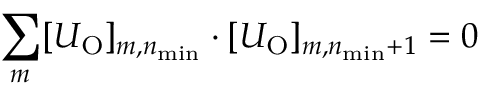
\sum _ { m } [ U _ { \mathrm { O } } ] _ { m , n _ { \mathrm { m i n } } } \cdot [ U _ { \mathrm { O } } ] _ { m , n _ { \mathrm { m i n } } + 1 } = 0